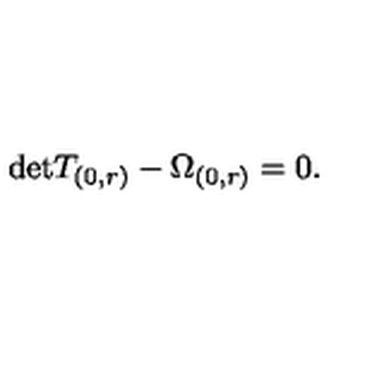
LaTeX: \mathrm { d e t } T _ { ( 0 , r ) } - \Omega _ { ( 0 , r ) } = 0 .